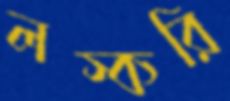
লস্করি